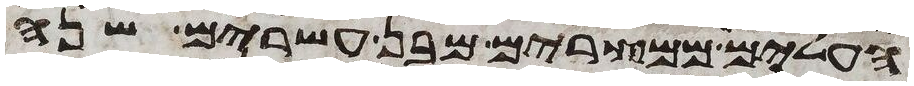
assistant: העלים ממצרים מבן עשרים שנה